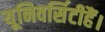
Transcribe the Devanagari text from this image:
यूनिवर्सिटीहैं।